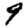
Digit: 9